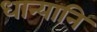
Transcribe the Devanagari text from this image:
धान्यानि